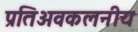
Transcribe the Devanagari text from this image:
प्रतिअवकलनीय